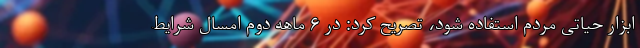
ابزار حیاتی مردم استفاده شود، تصریح کرد: در ۶ ماهه دوم امسال شرایط